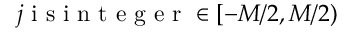
j \textrm { i s i n t e g e r } \in [ - M / 2 , M / 2 )